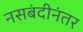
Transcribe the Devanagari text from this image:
नसबंदीनंतर